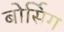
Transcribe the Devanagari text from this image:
बोर्सिग